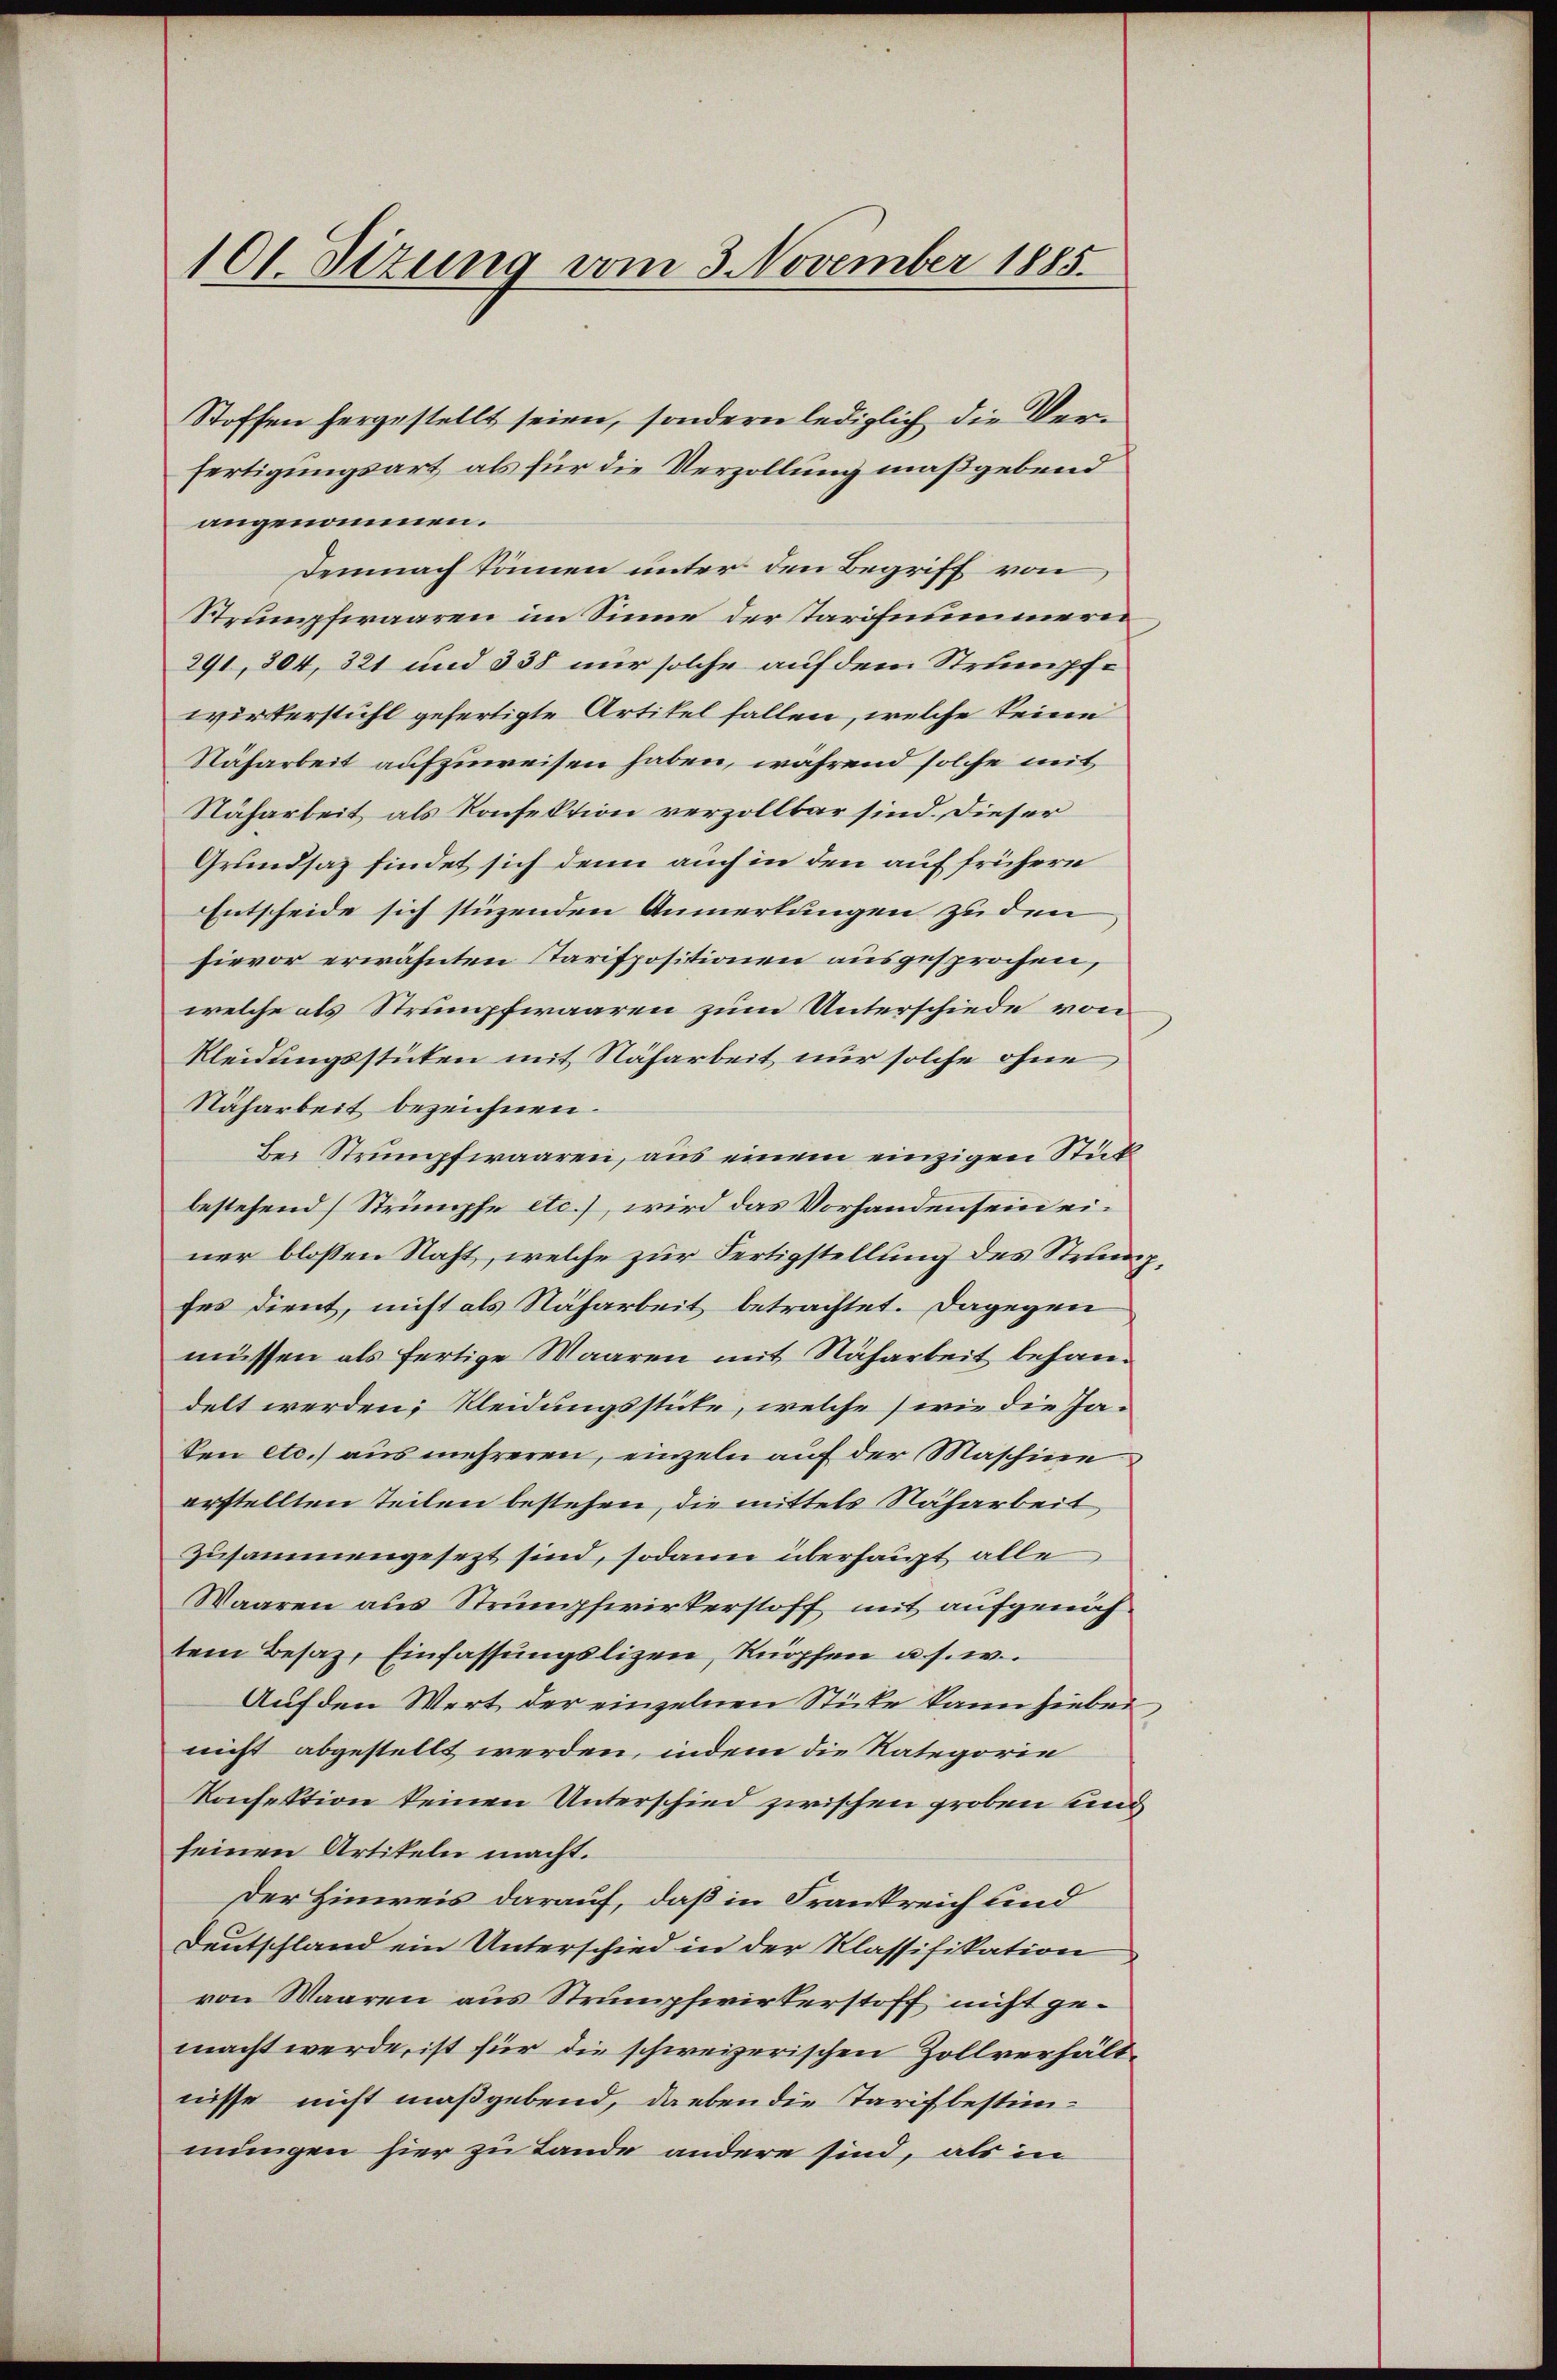
101. Sitzung vom 3. November 1885.

Stoffen hergestellt seien, sondern lediglich die Bern
fertigungsart als für die Verzollung maßgebend
angenommen.
Demnach können unter den Begriff von
Strumpfwaaren im Sinne der Tarifnummern
291, 304, 321 und 338 nur solche auf dem Strumpfwirkerstühl gefertigte Artikel fallen, welche keine
Näfarbeit aufzuweisen haben, während solche mit
Näharbeit als Konfektion verzollbar sind. Dieser
Grundsaz findet sich denn auch in den auf frühern
Entscheide sich stüzenden Anmerkungen zu den
hievor erwähnten Tarispositionen ausgesprochen,
welche als Strumpfwaaren zum Unterschiede von
Kleidungsstücken mit Naharbeit nur solche ohne
Naharbeit bezeichnen.
Bei Strumpfwaaren, aus einem einzigen Stück
bestehend Strümpfe etc.), wird das Vorhanden sein einer blossen Nacht, welche zur Fertigstellung des Strumpfes dient, nicht als Naharbeit betrachtet. Dagegen
müssen als fertige Waaren mit Naharbeit behandelt werden, Kleidungsstüke, welche (wie die Jaken etc.) aus mehreren, einzeln auf der Maschine
erstellten Teilen bestehen, die mittels Naharbeit
zusammengesezt sind, sodann überhaupt alle
Waaren aus Strumpfwirkerstoff mit aufgenohtem Besaz, Einfassungslizen, Knöpfen u. s. w.
Auf den Wert der einzelnen Stücke kann hiebei,
nicht abgestellt werden, indem die Kategorie
Konfektion keinen Unterschied zwischen groben und
seinen Artikeln macht.
Der Hinweis darauf, daß in Frankreich und
Deutschland ein Unterschied in der Klassifikation
von Waaren aus Strumpfwirkerstoff nicht gemacht werde, ist für die schweizerischen Zollverhältnisse nicht maßgebend, darben die Tarif bestimmungen hier zu Lande andere sind, als in